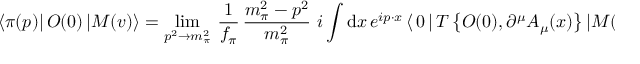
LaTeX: \langle \pi ( p ) | \, O ( 0 ) \, | M ( v ) \rangle = \operatorname * { l i m } _ { p ^ { 2 } \to m _ { \pi } ^ { 2 } } \, { \frac { 1 } { f _ { \pi } } } \, { \frac { m _ { \pi } ^ { 2 } - p ^ { 2 } } { m _ { \pi } ^ { 2 } } } \, \, i \int \mathrm { d } x \, e ^ { i p \cdot x } \, \langle \, 0 \, | \, T \, \big \{ O ( 0 ) , \partial ^ { \mu } A _ { \mu } ( x ) \big \} \, | M ( v ) \rangle \, ,